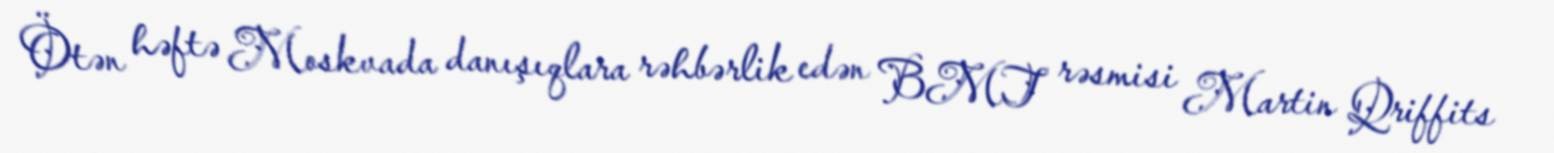
Ötən həftə Moskvada danışıqlara rəhbərlik edən BMT rəsmisi Martin Qriffits